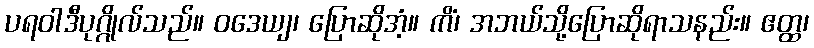
ပရဝါဒီပုဂ္ဂိုလ်သည်။ ဝဒေယျ၊ ပြောဆိုအံ့။ ကိံ၊ အဘယ်သို့ပြောဆိုရာသနည်း။ ဧတ္ထ၊